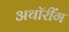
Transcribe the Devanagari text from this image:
अथॉरींग